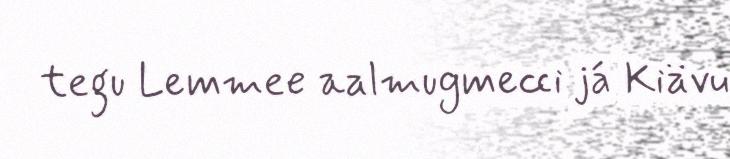
tegu Lemmee aalmugmecci já Kiävu